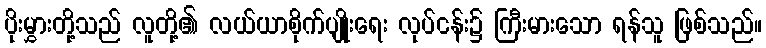
ပိုးမွှားတို့သည် လူတို့၏ လယ်ယာစိုက်ပျိုးရေး လုပ်ငန်း၌ ကြီးမားသော ရန်သူ ဖြစ်သည်။